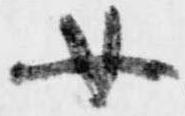
女